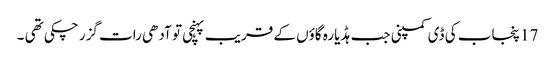
17 پنجاب کی ڈی کمپنی جب ہڈیارہ گاؤں کے قریب پہنچی تو آدھی رات گزر چکی تھی ۔